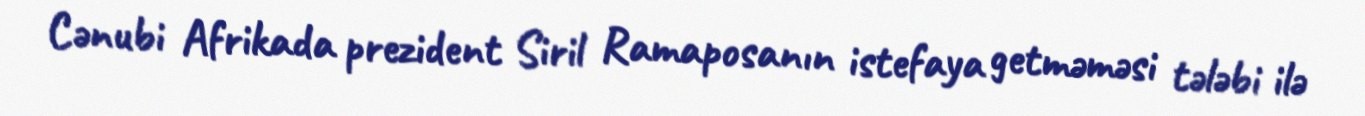
Cənubi Afrikada prezident Siril Ramaposanın istefaya getməməsi tələbi ilə